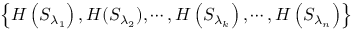
\left\{ { H } \left( { { S } _ { { \lambda } _ { 1 } } } \right) , { H } ( { { S } _ { { \lambda } _ { 2 } } } ) , \cdots , { H } \left( { { S } _ { { \lambda } _ { k } } } \right) , \cdots , { { H } } \left( { { S } _ { { \lambda } _ { n } } } \right) \right\}